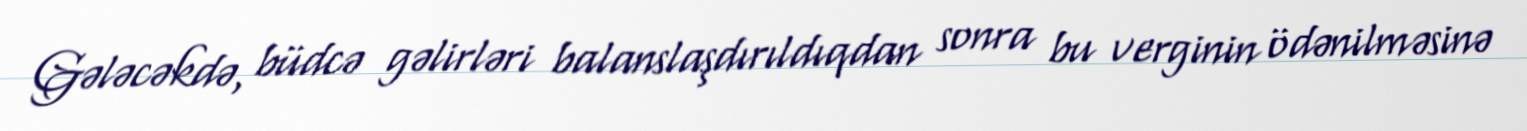
Gələcəkdə, büdcə gəlirləri balanslaşdırıldıqdan sonra bu verginin ödənilməsinə